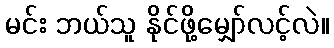
မင်း ဘယ်သူ နိုင်ဖို့မျှော်လင့်လဲ။